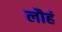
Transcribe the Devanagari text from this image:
लौहं